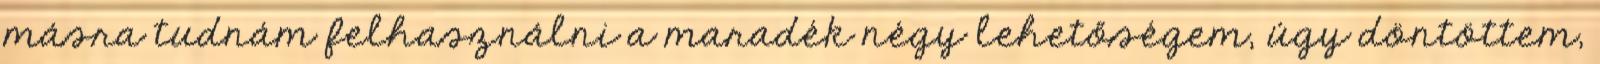
másra tudnám felhasználni a maradék négy lehetőségem, úgy döntöttem,